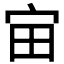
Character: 𪧈